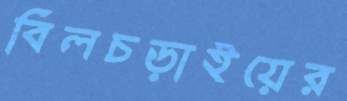
বিলচড়াইয়ের